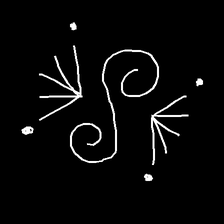
Glyph: aeroform